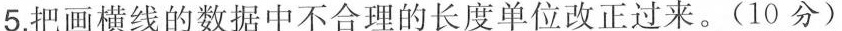
5.把画横线的数据中不合理的长度单位改正过来。(10分)